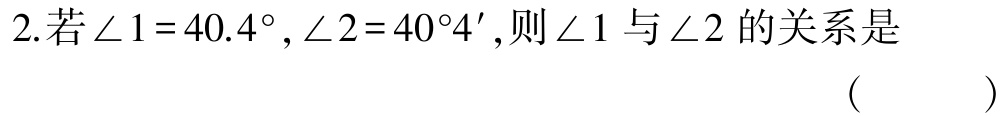
2.若\(\angle 1 = 40.4^{\circ}, \angle 2 = 40^{\circ}4'\),则\(\angle 1\)与\(\angle 2\)的关系是 （  ）